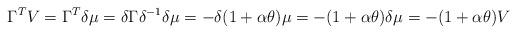
LaTeX: \begin{align*} \Gamma^T V = \Gamma^T \delta \mu = \delta \Gamma \delta^{-1} \delta \mu = - \delta ( 1 + \alpha \theta ) \mu = - ( 1 + \alpha \theta ) \delta \mu = -( 1 + \alpha \theta ) V \end{align*}